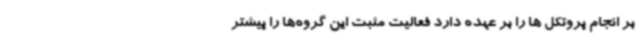
بر انجام پروتکل ها را بر عهده دارد فعالیت مثبت این گروه‌ها را پیشتر